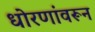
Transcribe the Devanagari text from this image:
धोरणांवरून